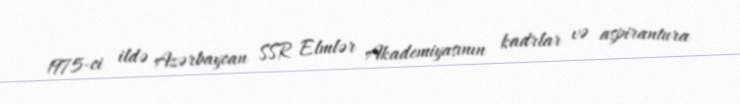
1975-ci ildə Azərbaycan SSR Elmlər Akademiyasının kadrlar və aspirantura